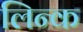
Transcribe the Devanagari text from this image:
लिन्क